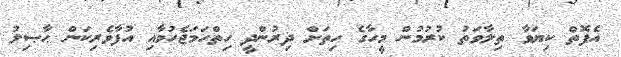
އެފޮތް ކިޔަވާ ތިލާވަތު ކުރުމުން މީހާގެ ހިތަށް ދިރުންދީ ހިތްހަމަޖެހުމާއި އުފާވެރިކަން ޙާޞިލު